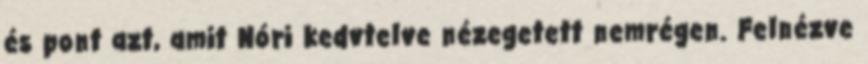
és pont azt, amit Nóri kedvtelve nézegetett nemrégen. Felnézve